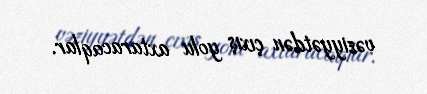
vəziyyətdən çıxış yolu axtaracaqlar.